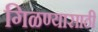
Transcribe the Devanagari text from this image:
गिळण्यासाठी